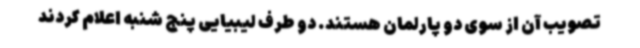
تصویب آن از سوی دو پارلمان هستند. دو طرف لیبیایی پنج شنبه اعلام کردند